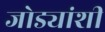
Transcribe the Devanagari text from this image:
जोड्यांशी